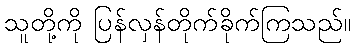
သူတို့ကို ပြန်လှန်တိုက်ခိုက်ကြသည်။